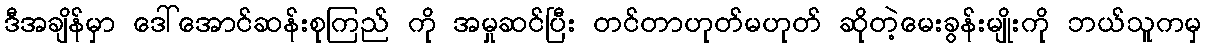
ဒီအချိန်မှာ ဒေါ်အောင်ဆန်းစုကြည် ကို အမှုဆင်ပြီး တင်တာဟုတ်မဟုတ် ဆိုတဲ့မေးခွန်းမျိုးကို ဘယ်သူကမှ